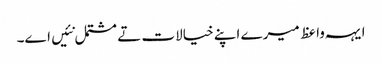
ایہہ واعظ میرے اپنے خیالات تے مشتمل نئیں اے۔